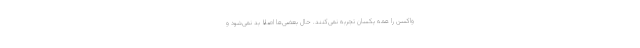
واکسن را همه یکسان تجربه نمی‌کنند. حالِ بعضی‌ها اصلا بد نمی‌شود و